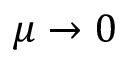
\mu \rightarrow 0